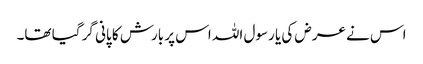
اس نے عرض کی یا رسول اللہ اس پر بارش کا پانی گر گیا تھا۔